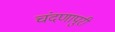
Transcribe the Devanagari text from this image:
चंदणापुरी